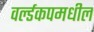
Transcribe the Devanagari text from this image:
वर्ल्डकपमधील